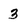
Character: 3